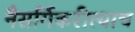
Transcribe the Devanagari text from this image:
नैसर्गिकरीत्याच